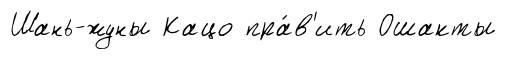
Шань-жуны Кацо пра́в'ить Ошакты